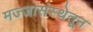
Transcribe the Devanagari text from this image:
मज्जासंस्थेतून